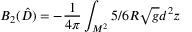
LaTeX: B _ { 2 } ( \hat { D } ) = - { \frac { 1 } { 4 \pi } } \int _ { M ^ { 2 } } ^ { } 5 / 6 R \sqrt { g } d ^ { 2 } z